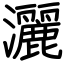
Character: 灑